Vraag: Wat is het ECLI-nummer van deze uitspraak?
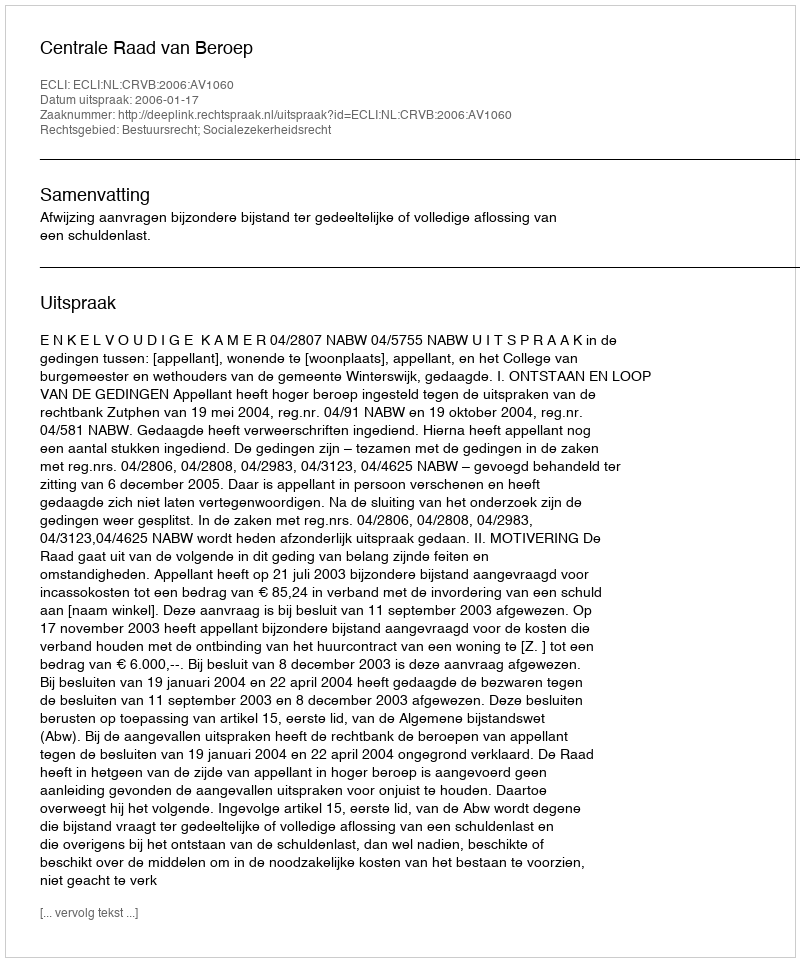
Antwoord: ECLI:NL:CRVB:2006:AV1060